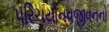
પરિચયોનવજીવનનો